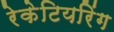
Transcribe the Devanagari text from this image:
रेकेटियरिंग